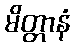
မိတ္တာနံ